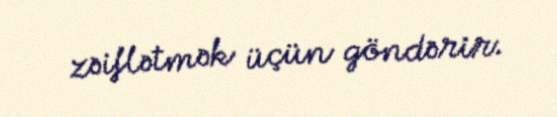
zəiflətmək üçün göndərir.